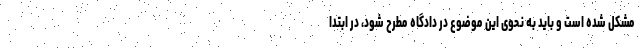
مشکل شده است و باید به نحوی این موضوع در دادگاه مطرح شود، در ابتدا